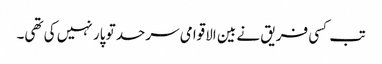
تب کسی فریق نے بین الاقوامی سرحد تو پار نہیں کی تھی۔